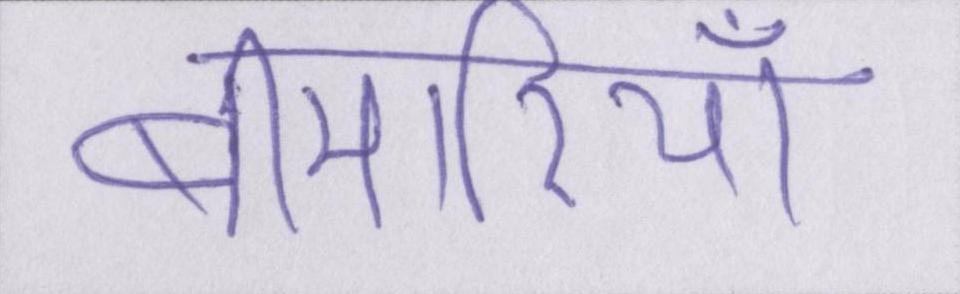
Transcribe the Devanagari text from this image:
बीमारियाँ